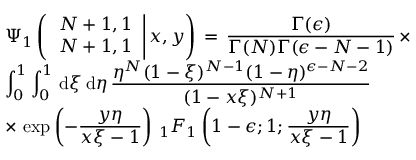
\begin{array} { l } { \displaystyle \Psi _ { 1 } \left( \left. \begin{array} { l } { N + 1 , 1 } \\ { N + 1 , 1 } \end{array} \right| x , y \right) \, = \, \frac { \Gamma ( \epsilon ) } { \Gamma ( N ) \Gamma ( \epsilon - N - 1 ) } \, \times } \\ { \displaystyle \int _ { 0 } ^ { 1 } \int _ { 0 } ^ { 1 } \, \mathrm { d } \xi \, \mathrm { d } \eta \, \frac { \eta ^ { N } ( 1 - \xi ) ^ { N - 1 } ( 1 - \eta ) ^ { \epsilon - N - 2 } } { ( 1 - x \xi ) ^ { N + 1 } } \, } \\ { \displaystyle \times \, \exp \left( - \frac { y \eta } { x \xi - 1 } \right) \, _ { 1 } F _ { 1 } \left( 1 - \epsilon ; 1 ; \frac { y \eta } { x \xi - 1 } \right) } \end{array}